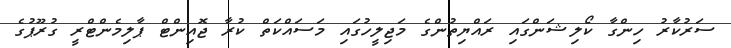
ސަރުކާރު ހިންގާ ކޯލިޝަންގައި ރައްޔިތުންގެ މަޖިލީހުގައި މަސައްކަތް ކުރާ ޖޮއިންޓް ޕާލިމެންޓްރީ ގުރޫޕުގެ